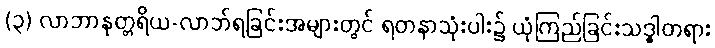
(၃) လာဘာနုတ္တရိယ-လာဘ်ရခြင်းအများတွင် ရတနာသုံးပါး၌ ယုံကြည်ခြင်းသဒ္ဓါတရား